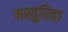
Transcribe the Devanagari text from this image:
मस्तुरिहा